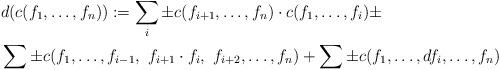
LaTeX: \begin{align*}\begin{aligned}\ &d(c({f_1,\dots,f_n})):=\sum_i\pm c({f_{i+1},\dots,f_n})\cdot c({f_1,\dots,f_i}) \pm\\&\sum \pm c({f_1,\dots,f_{i-1},\ f_{i+1}\cdot f_i,\ f_{i+2},\dots, f_n})+\sum\pm c({f_1,\dots,df_i, \dots,f_n})\end{aligned}\end{align*}